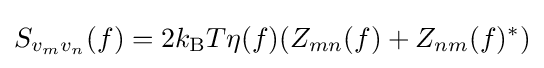
S_{v_{m}v_{n}}(f)=2k_{\text{B}}T\eta (f)(Z_{mn}(f)+Z_{nm}(f)^{*})